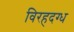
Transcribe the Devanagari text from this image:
विरहदग्ध